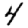
Digit: 4